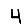
Digit: 4